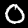
Label: 0